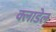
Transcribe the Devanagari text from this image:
क्लाडेल